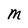
Character: M